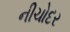
નીચોદર